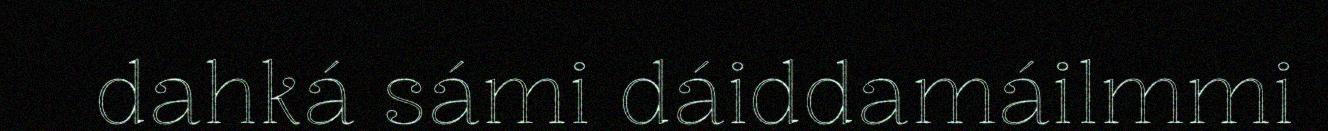
dahká sámi dáiddamáilmmi